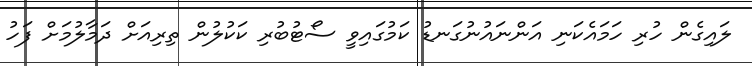
ލައިގެން ހުރި ހަމައެކަނި އަންނައުނުގަނޑު ކަމުގައިވީ ސޯޓުބުރި ކަކުލުން ތިރިއަށް ދަމާލުމަށް ފަހު